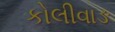
કોલીવાઙ